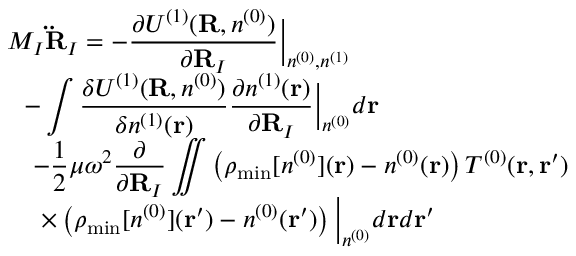
\begin{array} { l } { { \displaystyle M _ { I } { \bf \ddot { R } } _ { I } = - \frac { \partial { \cal U } ^ { ( 1 ) } ( { \bf R } , n ^ { ( 0 ) } ) } { \partial { \bf R } _ { I } } \Big \vert _ { n ^ { ( 0 ) } , n ^ { ( 1 ) } } } \ ~ } \\ { { \displaystyle ~ ~ - \int \frac { \delta { \cal U } ^ { ( 1 ) } ( { \bf R } , n ^ { ( 0 ) } ) } { \delta n ^ { ( 1 ) } ( { \bf r } ) } \frac { \partial n ^ { ( 1 ) } ( { \bf r } ) } { \partial { \bf R } _ { I } } \Big \vert _ { n ^ { ( 0 ) } } d { \bf r } } \ ~ } \\ { { \displaystyle ~ ~ ~ - \frac { 1 } { 2 } \mu \omega ^ { 2 } \frac { \partial } { \partial { \bf R } _ { I } } \iint \left( \rho _ { \mathrm { m i n } } [ n ^ { ( 0 ) } ] ( { \bf r } ) - n ^ { ( 0 ) } ( { \bf r } ) \right) T ^ { ( 0 ) } ( { \bf r , r ^ { \prime } } ) } \ ~ } \\ { { \displaystyle ~ ~ ~ ~ \times \left( \rho _ { \mathrm { m i n } } [ n ^ { ( 0 ) } ] ( { \bf r ^ { \prime } } ) - n ^ { ( 0 ) } ( { \bf r ^ { \prime } } ) \right) \Big \vert _ { n ^ { ( 0 ) } } d { \bf r } d { \bf r ^ { \prime } } } } \end{array}